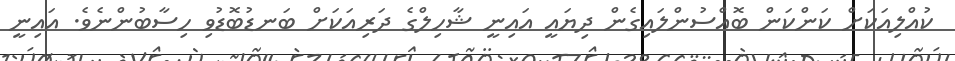
ކުއްލިއަކަށް ކަންކަން ބޮއްސުންލައިގެން ދިޔައީ އައިނީ ޝާހިލްގެ ދަރިއަކަށް ބަނޑުބޮޑުވި ހިސާބުންނެވެ. އައިނީ